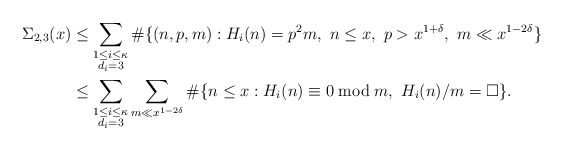
\begin{align*}\Sigma_{2,3}(x)&\leq \sum_{\substack{1\leq i\leq \kappa\\ d_i=3}}\#\{(n,p,m): H_i(n)=p^2m, ~n\leq x, ~p>x^{1+\delta}, ~m\ll x^{1-2\delta}\}\\&\leq \sum_{\substack{1\leq i\leq \kappa\\ d_i=3}}\sum_{m\ll x^{1-2\delta}} \#\{n\leq x: H_i(n)\equiv 0 \bmod{m}, ~H_i(n)/m=\square\}.\end{align*}